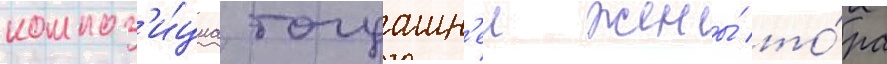
композ'и́циа тогдашн'еи жены́ то́ра